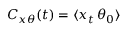
C _ { x \theta } ( t ) = \langle x _ { t } \, \theta _ { 0 } \rangle